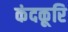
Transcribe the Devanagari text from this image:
कंदकूरि